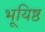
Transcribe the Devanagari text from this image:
भूयिष्ठ